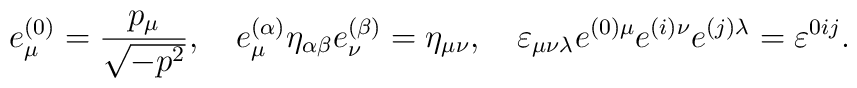
e^{(0)}_\mu = \frac{p_\mu}{\sqrt{-p^2}}, \quad e^{(\alpha)}_\mu \eta_{\alpha\beta} e^{(\beta)}_\nu = \eta_{\mu\nu},\quad\varepsilon_{\mu\nu\lambda} e^{(0)\mu} e^{(i)\nu} e^{(j)\lambda} =\varepsilon^{0ij}.